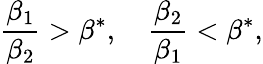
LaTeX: \frac{\beta_{1}}{\beta_{2}}>\beta^{*},\quad\frac{\beta_{2}}{\beta_{1}}<\beta^{*},